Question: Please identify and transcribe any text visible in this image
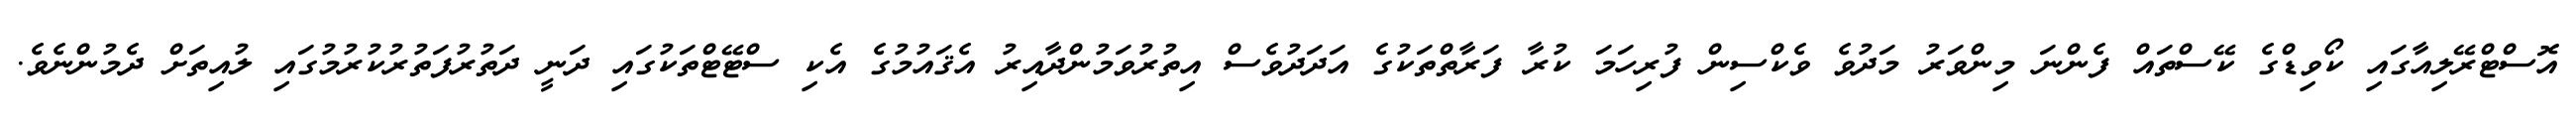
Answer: އޮސްޓްރޭލިއާގައި ކޯވިޑްގެ ކޭސްތައް ފެންނަ މިންވަރު މަދުވެ ވެކްސިން ފުރިހަމަ ކުރާ ފަރާތްތަކުގެ އަދަދުވެސް އިތުރުވަމުންދާއިރު އެޤައުމުގެ އެކި ސްޓޭޓްތަކުގައި ދަނީ ދަތުރުފަތުރުކުރުމުގައި ލުއިތަށް ދެމުންނެވެ.